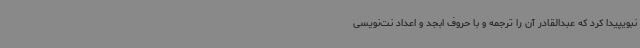
نبویپیدا کرد که عبدالقادر آن را ترجمه و با حروف ابجد و اعداد نت‌نویسی